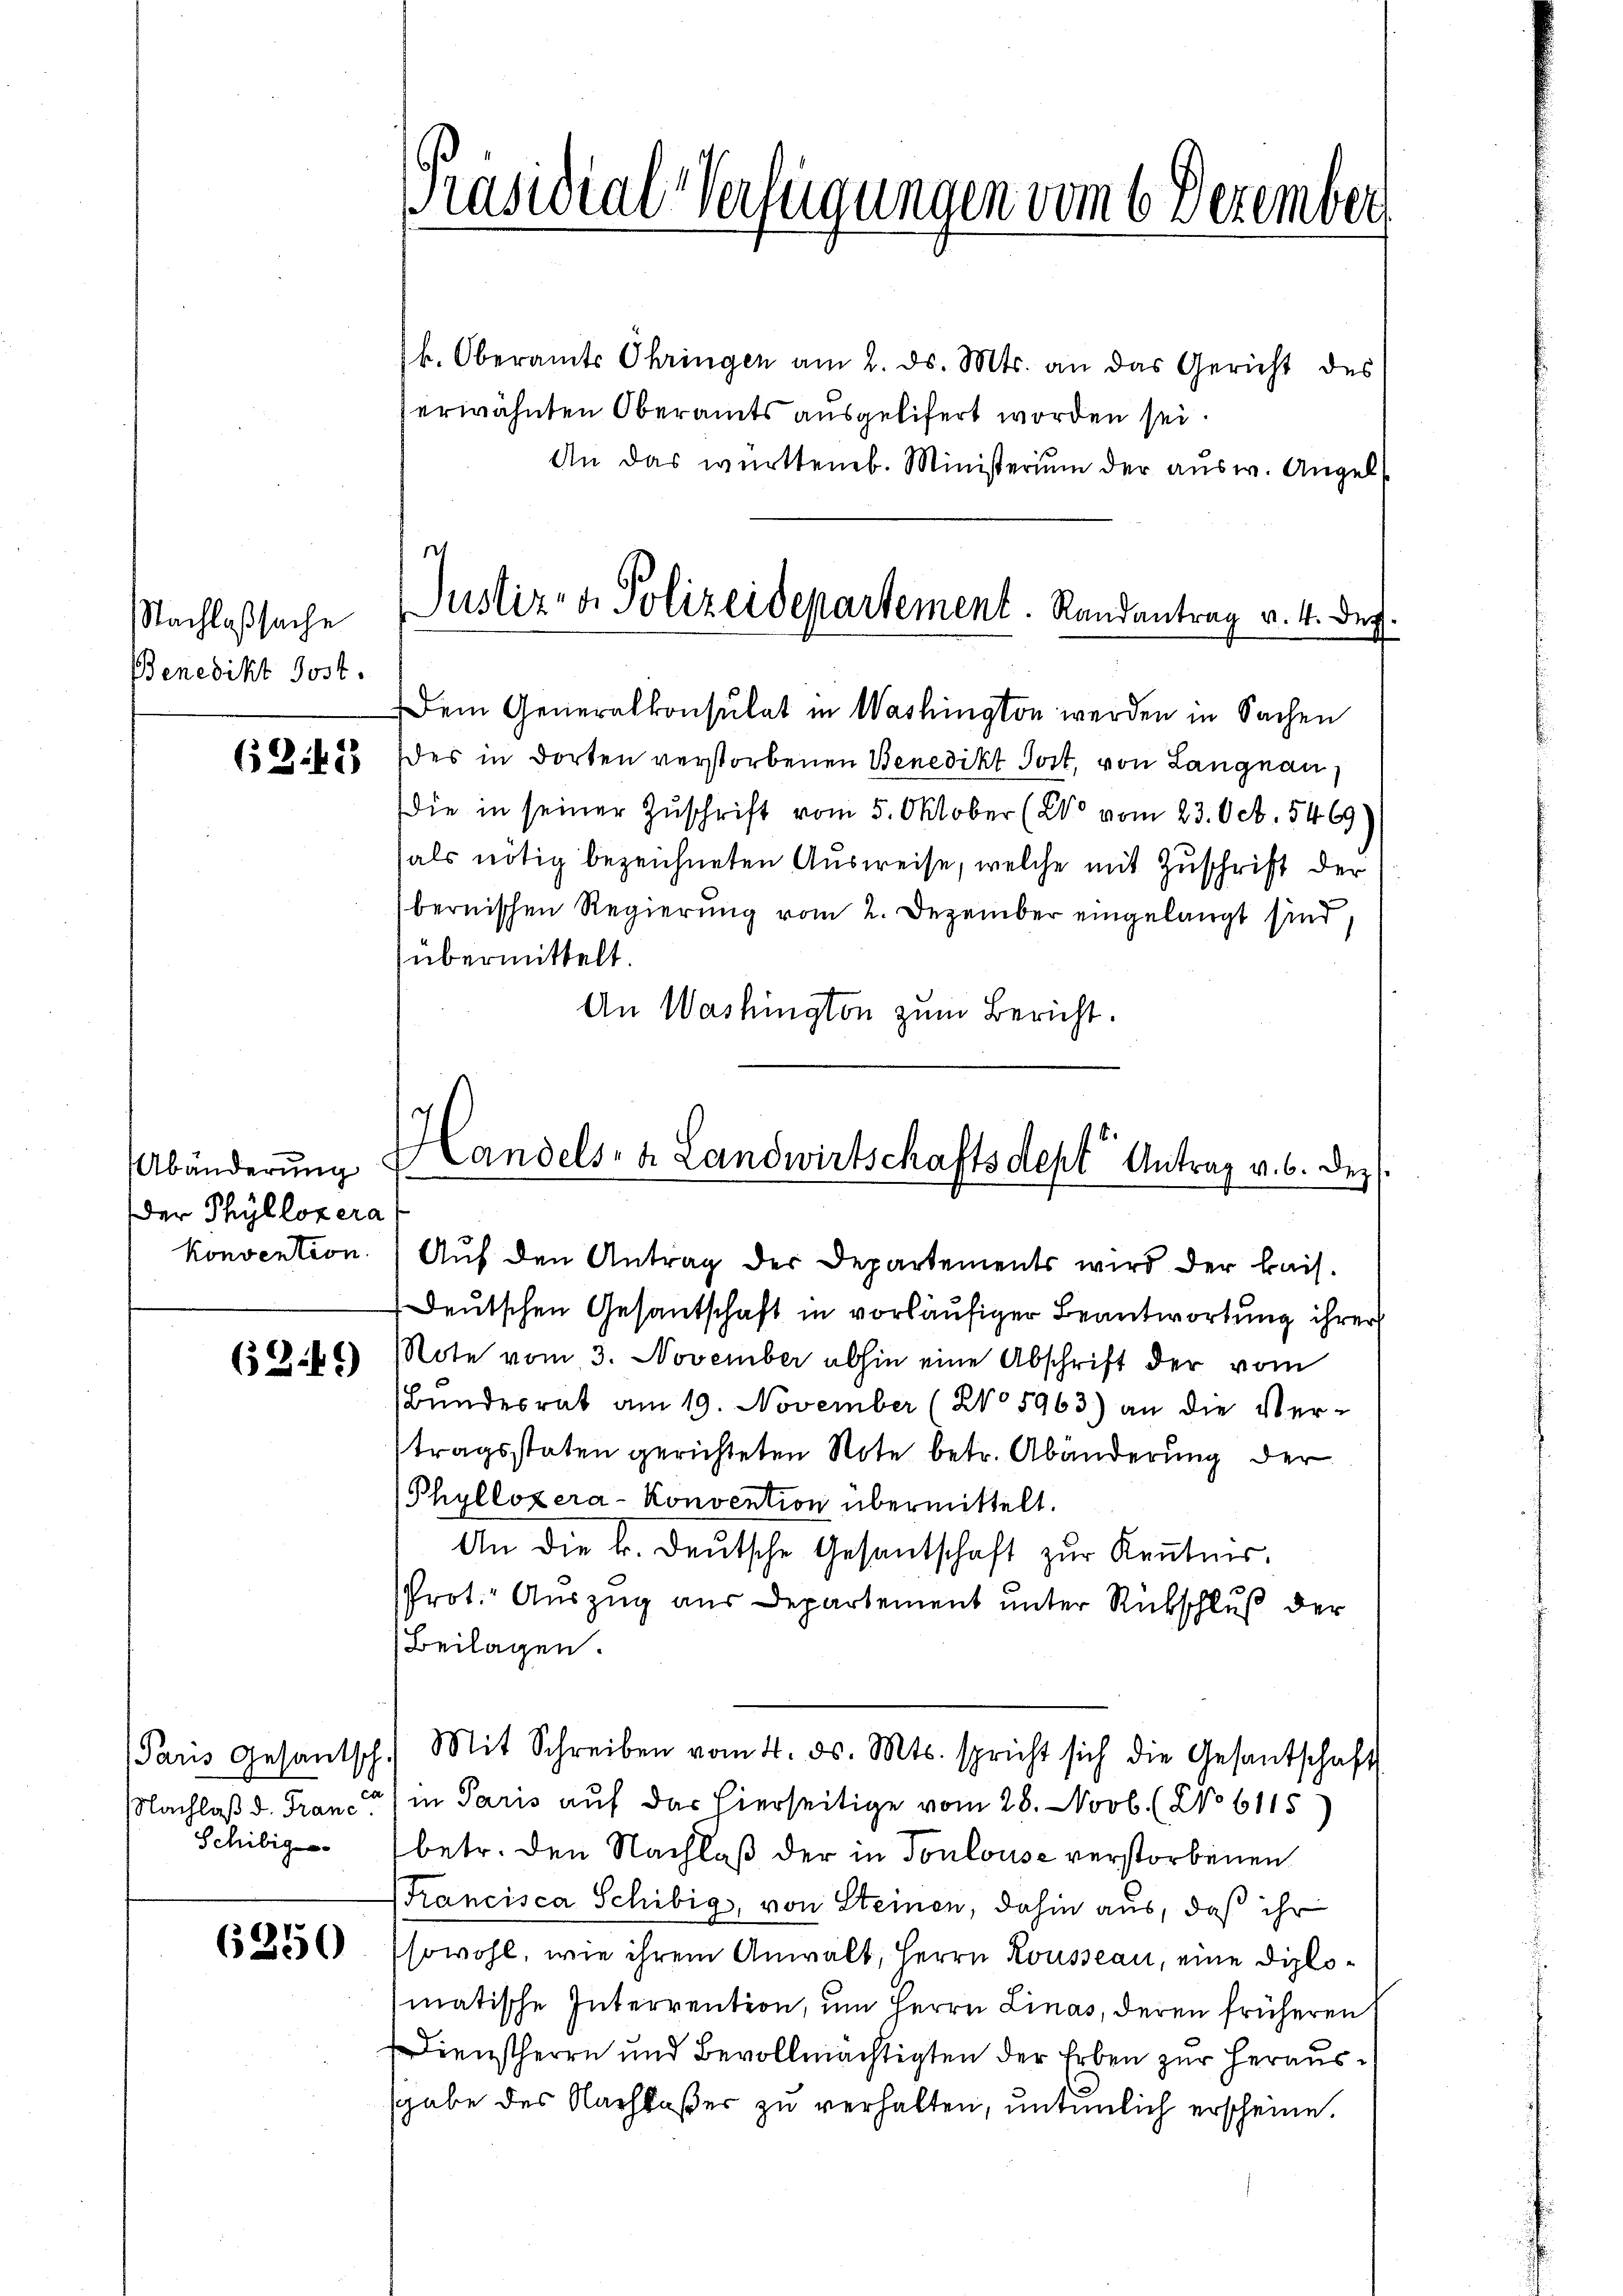
Nachlaßsache
Benedikt Post.

63. 42

Abänderung
der Phyllozera
konvention.

(349)

Paris Gesantsch.
Nachlaß d. Fran
Schilig

6250

k. Oberamts Ohringen am 2. ds. Mts. an das Gericht des
erwähnten Oberamts ausgelifert worden sei.
An das württemb. Ministerium der ausw. Angel

Präsidial-Verfügungen vom 6 Dezember

Justiz- & Polizeidepartement. Randantrag v. 4. der

Dem Generalkonsulat in Washington werden in Sachen
des in dorten verstorbenen Benedikt Post, von Langnau,
die in seiner Zŭschrift vom 5. Oktober (20 vom 23. Oct. 5469)
als nötig bezeichneten Ausweise, welche mit Zuschrift der
bernischen Regierung vom 2. Dezember eingelangt sind.
übermittelt.
An Washington zum Bericht.

Handels- u. Landwirtschaftsdept" Antrag v. 6. dez.
Auf den Antrag der Departements wird der kais.

Deutschen Gesantschaft in vorläufiger Beantwortung ihrer
Note vom 3. November abhin eine Abschrift der vom
Bŭndesrat am 19. November (No 5963) an die Ver-
tragsstaten gerichteten Note betr. Abänderung der
Phyllozera-Konvention übermittelt.
An die k. deutsche Gesantschaft zur Kenntnis.
PProt. Auszug aus Departement unter Rückschluß der
Beilagen.
Mit Schreiben vom 4. ds. Mts. spricht sich die Gesantschaft
in Paris auf das hierseitige vom 28. Novb. (No 6115
betr. den Nachlaß der in Toulouse verstorbenen
Francisca Schibig, von Steinen, dahin aus, daß ihr
sowohl, wie ihrem Anwalt, Herrn Rousseau, eine Diplomatische Interrention, um Herrn Linas, deren früheren
Dienstherrn und Bevollmächtigten der Erben zur heraussgabe des Nachloßer zu verhalten, untenlich erscheine.